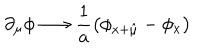
\partial _ { \mu } \phi \longrightarrow \frac { 1 } { a } \left( \phi _ { x + \hat { \mu } } - \phi _ { x } \right)